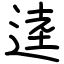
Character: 逵